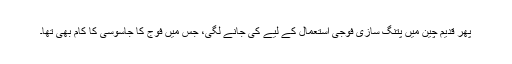
پھر قدیم چین میں پتنگ سازی فوجی استعمال کے لیے کی جانے لگی، جس میں فوج کا جاسوسی کا کام بھی تھا۔